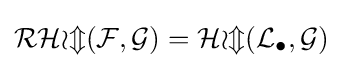
{\mathcal {RHom}}({\mathcal {F}},{\mathcal {G}})={\mathcal {Hom}}({\mathcal {L}}_{\bullet },{\mathcal {G}})